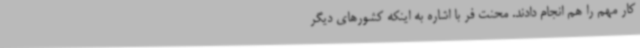
کار مهم را هم انجام دادند. محنت فر با اشاره به اینکه کشورهای دیگر